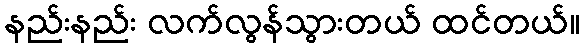
နည်းနည်း လက်လွန်သွားတယ် ထင်တယ်။